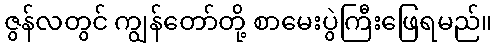
ဇွန်လတွင် ကျွန်တော်တို့ စာမေးပွဲကြီးဖြေရမည်။